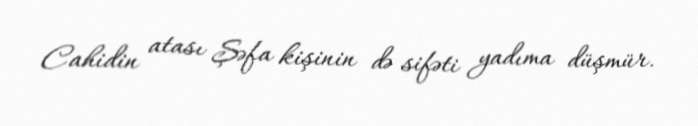
Cahidin atası Şəfa kişinin də sifəti yadıma düşmür.